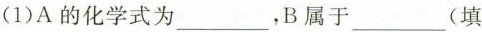
(1)A的化学式为___，B属于___(填